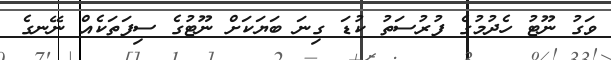
ވަގު ނޫޓު ހެދުމުގެ ފުރުސަތު ކުޑަ ގިނަ ބަޔަކަށް ނޫޓުގެ ސިފަތަކެއް ނޭނގެ